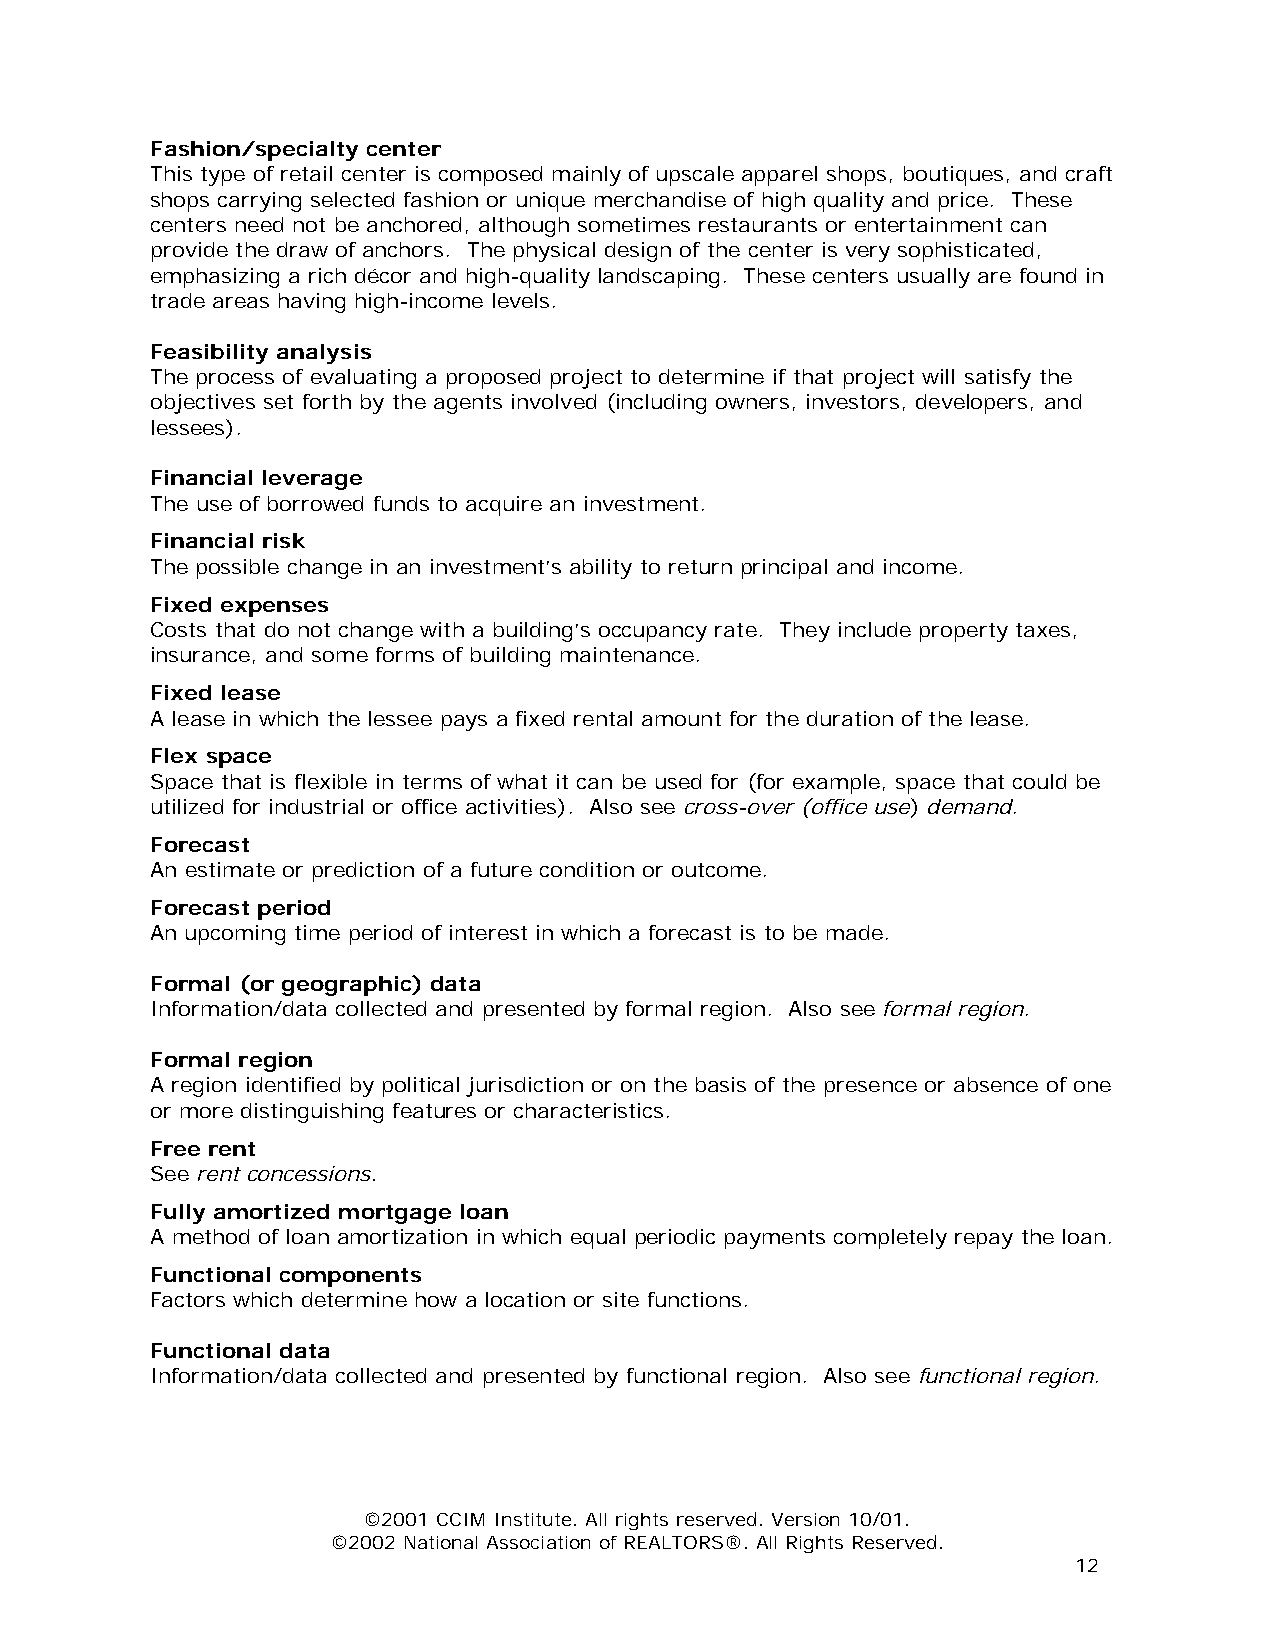
Fashion/specialty center
 This type of retail center is composed mainly of upscale apparel shops, boutiques, and craft
 shops carrying selected fashion or unique merchandise of high quality and price. These
 centers need not be anchored, although sometimes restaurants or entertainment can
 provide the draw of anchors. The physical design of the center is very sophisticated,
 emphasizing a rich décor and high-quality landscaping. These centers usually are found in
 trade areas having high-income levels.
 Feasibility analysis
 The process of evaluating a proposed project to determine if that project will satisfy the
 objectives set forth by the agents involved (including owners, investors, developers, and
 lessees).
 Financial leverage
 The use of borrowed funds to acquire an investment.
 Financial risk
 The possible change in an investment’s ability to return principal and income.
 Fixed expenses
 Costs that do not change with a building’s occupancy rate. They include property taxes,
 insurance, and some forms of building maintenance.
 Fixed lease
 A lease in which the lessee pays a fixed rental amount for the duration of the lease.
 Flex space
 Space that is flexible in terms of what it can be used for (for example, space that could be
 utilized for industrial or office activities). Also see cross-over (office use) demand.
 Forecast
 An estimate or prediction of a future condition or outcome.
 Forecast period
 An upcoming time period of interest in which a forecast is to be made.
 Formal (or geographic) data
 Information/data collected and presented by formal region. Also see formal region.
 Formal region
 A region identified by political jurisdiction or on the basis of the presence or absence of one
 or more distinguishing features or characteristics.
 Free rent
 See rent concessions.
 Fully amortized mortgage loan
 A method of loan amortization in which equal periodic payments completely repay the loan.
 Functional components
 Factors which determine how a location or site functions.
 Functional data
 Information/data collected and presented by functional region. Also see functional region.
 ©2001 CCIM Institute. All rights reserved. Version 10/01.
 ©2002 National Association of REALTORS®. All Rights Reserved.
 12